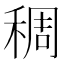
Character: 稠